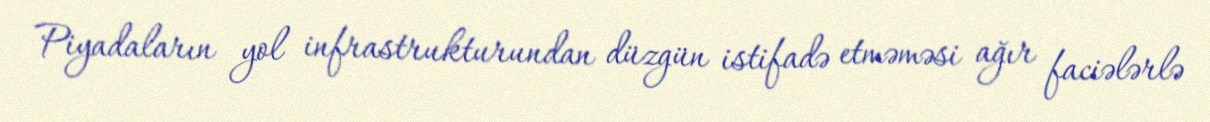
Piyadaların yol infrastrukturundan düzgün istifadə etməməsi ağır faciələrlə